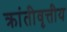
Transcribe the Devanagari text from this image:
क्रांतीवृत्तीय